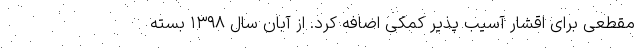
مقطعی برای اقشار آسیب پذیر کمکی اضافه کرد. از آبان سال ۱۳۹۸ بسته